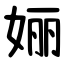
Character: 㛤